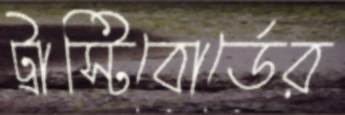
ট্রাস্টিবোর্ডের